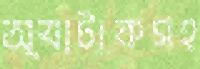
অ্যাটাকসহ